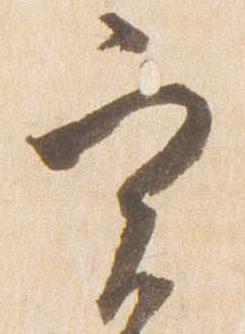
実